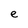
Character: e